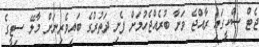
ޖެޓް ސްކީގައި ރާއްޖެ ވަށާ ބުރެއްޖެހުމަށް ފެށި ދަތުރުގެ ބައިވެރިނަށް މާލޭ ސިޓީގެ